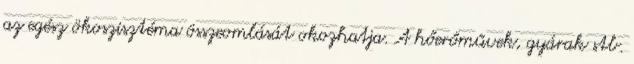
az egész ökoszisztéma összeomlását okozhatja. A hőerőművek, gyárak stb.